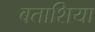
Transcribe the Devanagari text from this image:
बताशिया